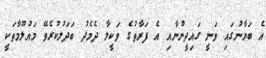
އެ ބަޔާނުގައި ވަނީ ގައިދީންނާއި އެ ފަރާތުގެ ވަކީލާ ދެމެދު ބަދަލުކުރެވޭ މައުލޫމާތަކީ